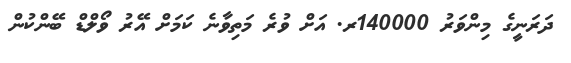
ދަރަނީގެ މިންވަރު 140000ރ. އަށް ވުރެ މަތިވާނެ ކަމަށް އޭރު ވޯލްޑް ބޭންކުން